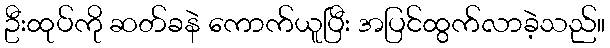
ဦးထုပ်ကို ဆတ်ခနဲ ကောက်ယူပြီး အပြင်ထွက်လာခဲ့သည်။